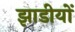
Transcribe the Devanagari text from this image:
झाडीयों